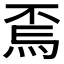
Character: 𱫇